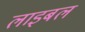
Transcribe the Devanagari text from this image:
लाइबल